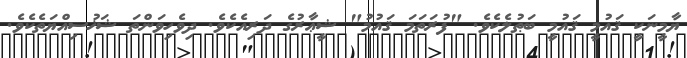
ޔާމީނަކީ ޤައުމީ ޤައުމީ ބަޠުލެކެވެ. "ފުރަތަމަ ޤައުމު" ޝީޢާރުގެ ދަރިއެކެވެ. ދިވެހިވަންތަ ޝަޚުސިއްޔަތެކެވެ.